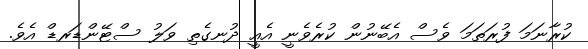
ކުރާނަމަ ފުރަތަމަ ވެސް އެބޭނުން ކުރެވެނީ އެއީ ދުނގެތި ވަލު ސްޓޭންޑަރޑް އެވެ.